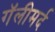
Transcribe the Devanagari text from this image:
गॅलीमर्द